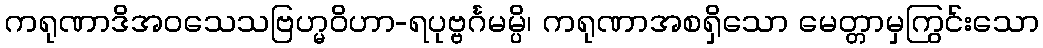
ကရုဏာဒိအဝသေသဗြဟ္မဝိဟာ-ရပုဗ္ဗင်္ဂမမ္ပိ၊ ကရုဏာအစရှိသော မေတ္တာမှကြွင်းသော